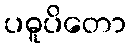
ပဓူပိတော